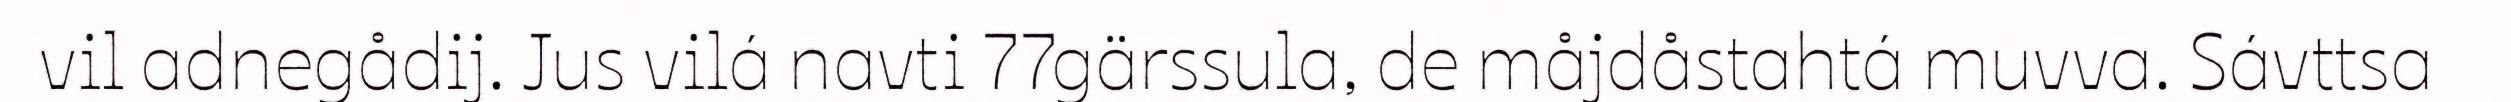
vil adnegådij. Jus vilá navti 77gärssula, de måjdåstahtá muvva. Sávttsa